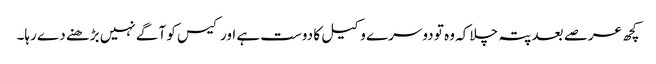
کچھ عرصے بعد پتہ چلا کہ وہ تو دوسرے وکیل کا دوست ہے اور کیس کو آگے نہیں بڑھنے دے رہا۔